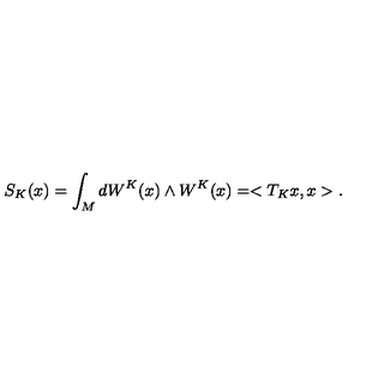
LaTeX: S _ { K } ( x ) = \int _ { M } d W ^ { K } ( x ) \wedge W ^ { K } ( x ) = < T _ { K } x , x > .